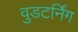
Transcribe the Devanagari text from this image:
वुडटर्निंग